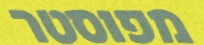
מפוסטר